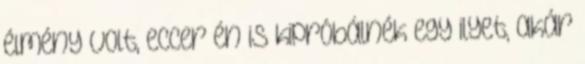
élmény volt, eccer én is kipróbálnék egy ilyet, akár